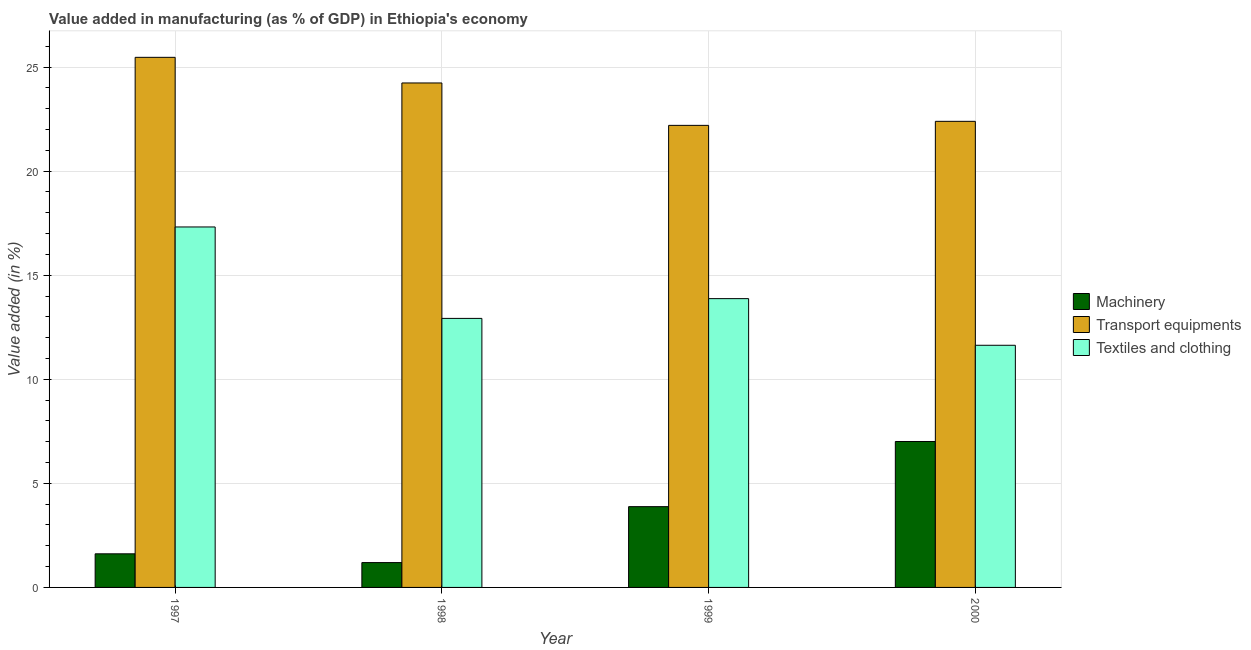
| Year | Machinery | Transport equipments | Textiles and clothing |
 | --- | --- | --- | --- |
 | 1997 | 1.61 | 25.5 | 17.3 |
 | 1998 | 1.19 | 24.2 | 12.9 |
 | 1999 | 3.88 | 22.2 | 13.9 |
 | 2000 | 7.01 | 22.4 | 11.6 |